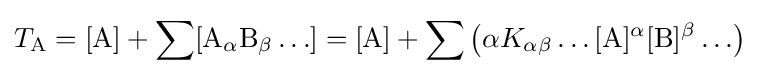
T_{\mathrm {A} }=[\mathrm {A} ]+\sum [\mathrm {A} _{\alpha }\mathrm {B} _{\beta }\ldots ]=[\mathrm {A} ]+\sum \left(\alpha K_{\alpha \beta }\ldots [\mathrm {A} ]^{\alpha }[\mathrm {B} ]^{\beta }\ldots \right)